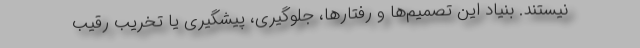
نیستند. بنیاد این تصمیم‌ها و رفتارها، جلوگیری، پیشگیری یا تخریب رقیب